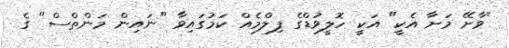
"ވާށޭ މަށާ އެކީ" އަކީ ހޮލީވުޑްގެ ފިލްމެއް ކަމުގައިވާ "ނައިން މަންތްސް" ގެ